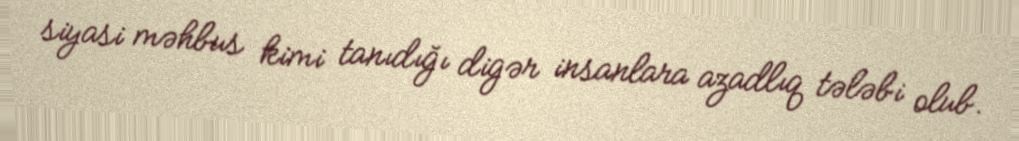
siyasi məhbus kimi tanıdığı digər insanlara azadlıq tələbi olub.